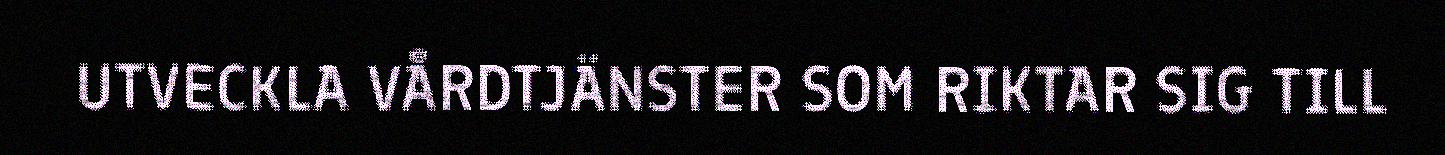
UTVECKLA VÅRDTJÄNSTER SOM RIKTAR SIG TILL